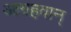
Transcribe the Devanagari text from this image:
आग्रहवान्‌